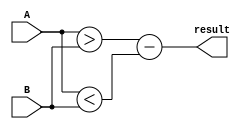
module comparator(
    input [15:0] A,
    input [15:0] B,
    output result
);

assign result = |(A > B) - |(A < B);

endmodule